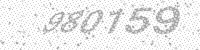
Solution: 980159